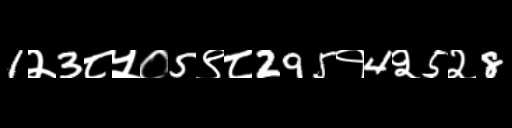
Text: 1२3८५०5९८295१4२5२8